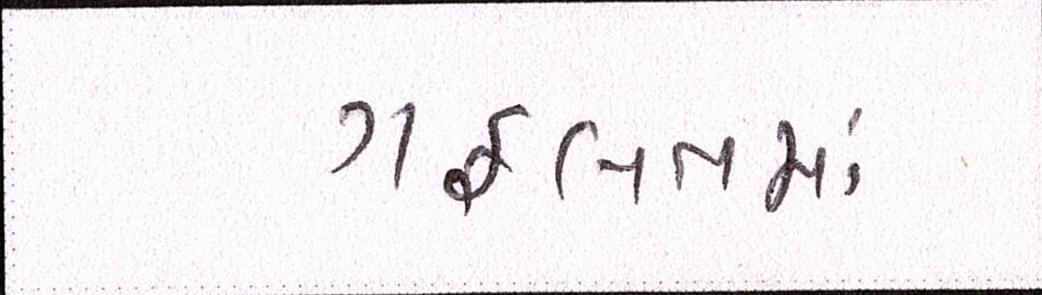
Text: ગફલતમાં